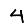
Digit: 4